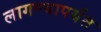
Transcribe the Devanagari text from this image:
लागण्यापर्यंत